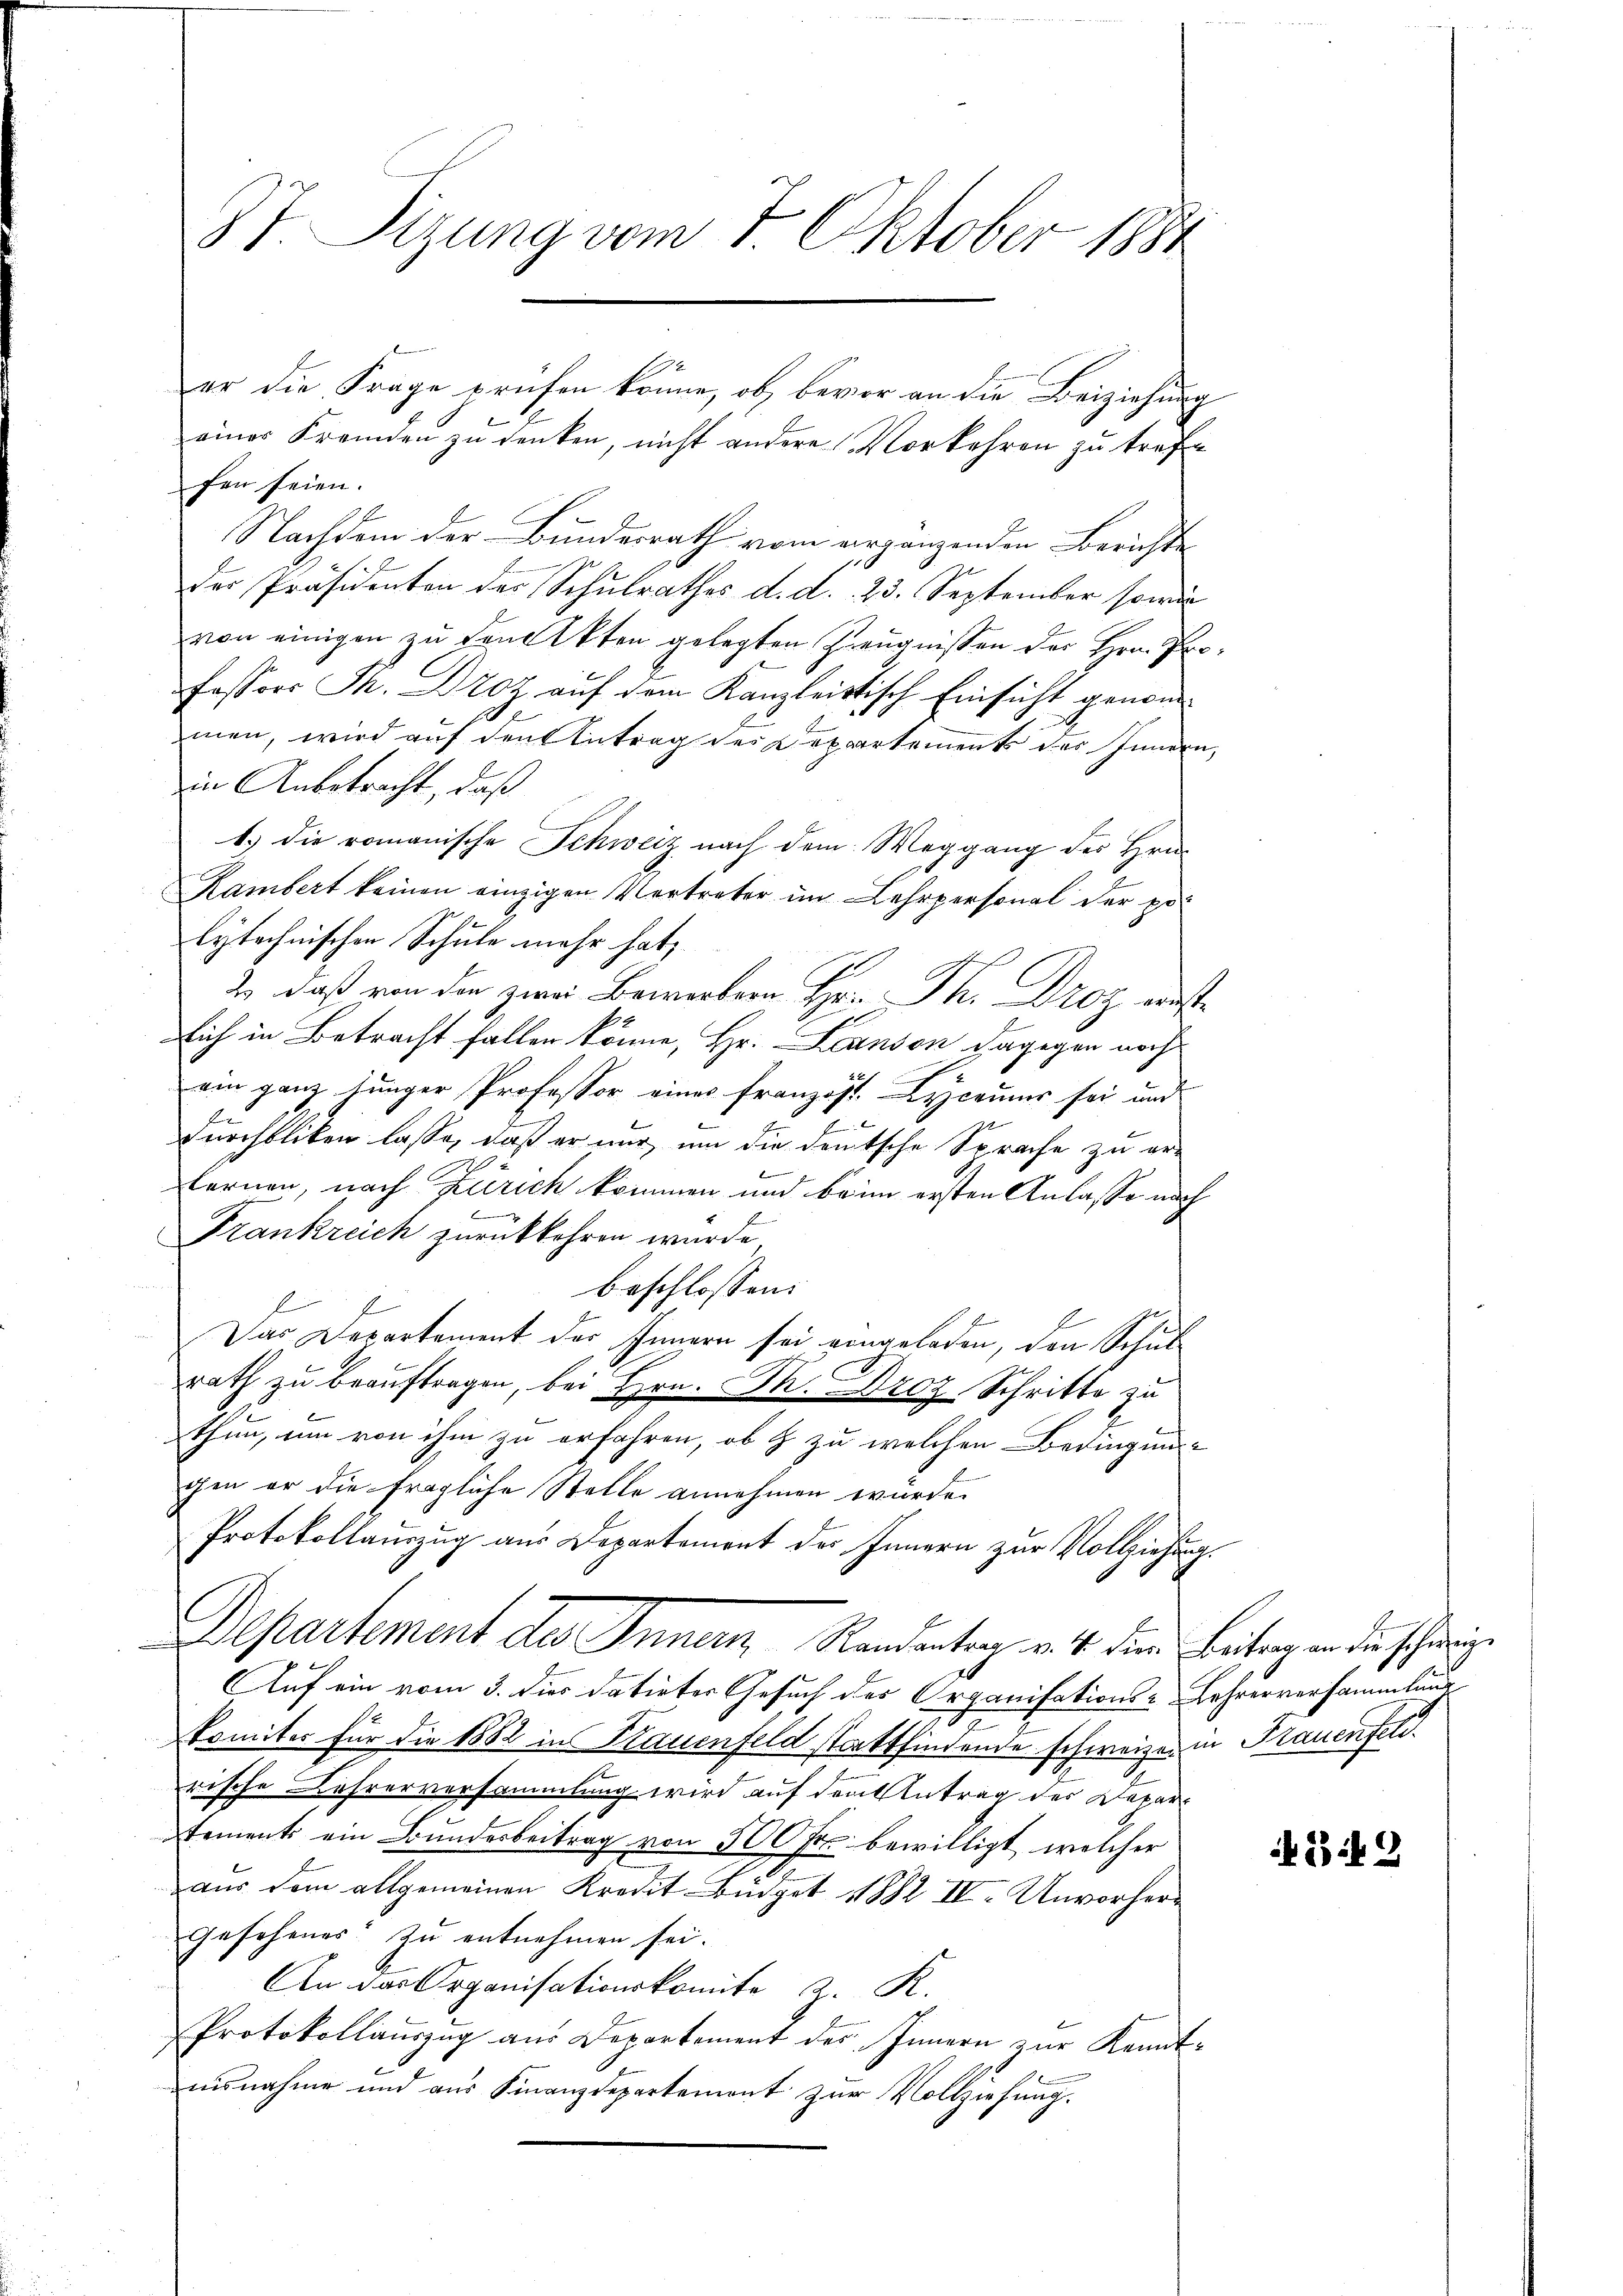
87. Sizung vom 1. Oktober 1884

er die Frage prüfen könne, ob, bevor an die Beiziehung
einer Fremden zu denken, nicht andere Vorkehren zu treffe
fen seien.
Nachdem der Bundesrath vom ergängenden Berichte
der Präsidenten des Schulrathes d. d. 23. September sowie
von einigen zu den Akten gelegten Zeugnissen der Hrn. Professors Th. Drotz auf dem Kanzleistisch Einsicht genommen, wird auf den Antrag des Departement der Innern,
in Anbetracht, daß
1.) die romanische Schweiz nach dem Weggang des Hrn.
Kambert keinen einzigen Vertreter im Lehrpersonal der poe
lytechnischen Schule mehr hat,
 z B H. Dr.
lich in Betracht fallen könne, Hr. Landon dagegen noch
ein ganz junger Professor eines Französ. Lyceumer sei und
e
Durchblicken lasse, daß er nur um die deutsche Sprache zu er-
fernen, nach Zürich kommen und beim ersten Anlasse auch
Frankreich zurückkehren wurde,
beschlossen:
Das Departement des Innern sei eingeladen, den Schul
rath zu beauftragen, bei Hrn. Dn. Droz. Schritte zu
thun, um von ihm zu erfahren, ob & zu welchen Bedingung
chen er die fragliche Stelle annehmen wurde.
Protokollauszug aus Departement des Innern zur Vollziehung.
Departement des Innern Randantrag v. 4. dem Beitrag an die schweize
Auf ein vom 3. dies datirter Gesuch des Organisations-Lehrerversammlung
Ermiter für die 1882 in Bauenfeld stattfindende schweizen in Hauenfeld.
rische Lehrerversammlung wird auf den Antrag des Departements ein Bundesbeitrag von 500 Fr. bewilligt, welcher
aus dem allgemeinen Kredit Büdget 1882 II. Unvorhergesehenes zu entnehmen sei.
An das Organisationskomite z. R.
Protokollaŭszŭg aŭs Departement des Innern zŭr Kenntausnahme und aus Finanzdepartement zur Vollziehung.

849